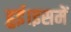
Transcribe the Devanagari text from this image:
हुई।इसमें